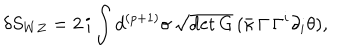
\delta S _ { W Z } = 2 \, i \int d ^ { ( p + 1 ) } \sigma \, \sqrt { \det G } \, ( \bar { \kappa } \, \Gamma \, \Gamma ^ { i } \partial _ { i } \theta ) ,